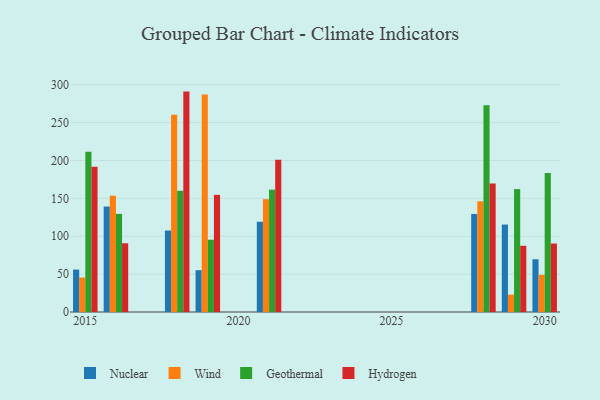
{"axis": {"x": "Year", "y": "Conversion Rate (%)"}, "legend": ["Geothermal", "Hydrogen", "Nuclear", "Wind"], "data": [{"x": "2015", "y": 56.0, "type": "Nuclear"}, {"x": "2015", "y": 45.5, "type": "Wind"}, {"x": "2015", "y": 211.6, "type": "Geothermal"}, {"x": "2015", "y": 191.7, "type": "Hydrogen"}, {"x": "2018", "y": 107.5, "type": "Nuclear"}, {"x": "2018", "y": 260.3, "type": "Wind"}, {"x": "2018", "y": 160.0, "type": "Geothermal"}, {"x": "2018", "y": 290.9, "type": "Hydrogen"}, {"x": "2029", "y": 115.4, "type": "Nuclear"}, {"x": "2029", "y": 22.9, "type": "Wind"}, {"x": "2029", "y": 162.2, "type": "Geothermal"}, {"x": "2029", "y": 87.4, "type": "Hydrogen"}, {"x": "2019", "y": 55.2, "type": "Nuclear"}, {"x": "2019", "y": 287.2, "type": "Wind"}, {"x": "2019", "y": 95.4, "type": "Geothermal"}, {"x": "2019", "y": 154.6, "type": "Hydrogen"}, {"x": "2028", "y": 129.4, "type": "Nuclear"}, {"x": "2028", "y": 146.1, "type": "Wind"}, {"x": "2028", "y": 272.9, "type": "Geothermal"}, {"x": "2028", "y": 169.5, "type": "Hydrogen"}, {"x": "2016", "y": 139.2, "type": "Nuclear"}, {"x": "2016", "y": 153.5, "type": "Wind"}, {"x": "2016", "y": 129.5, "type": "Geothermal"}, {"x": "2016", "y": 90.7, "type": "Hydrogen"}, {"x": "2021", "y": 119.1, "type": "Nuclear"}, {"x": "2021", "y": 148.9, "type": "Wind"}, {"x": "2021", "y": 161.5, "type": "Geothermal"}, {"x": "2021", "y": 201.1, "type": "Hydrogen"}, {"x": "2030", "y": 69.6, "type": "Nuclear"}, {"x": "2030", "y": 49.0, "type": "Wind"}, {"x": "2030", "y": 183.4, "type": "Geothermal"}, {"x": "2030", "y": 90.4, "type": "Hydrogen"}]}